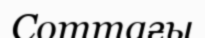
Соттағы